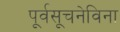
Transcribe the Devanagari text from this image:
पूर्वसूचनेविना